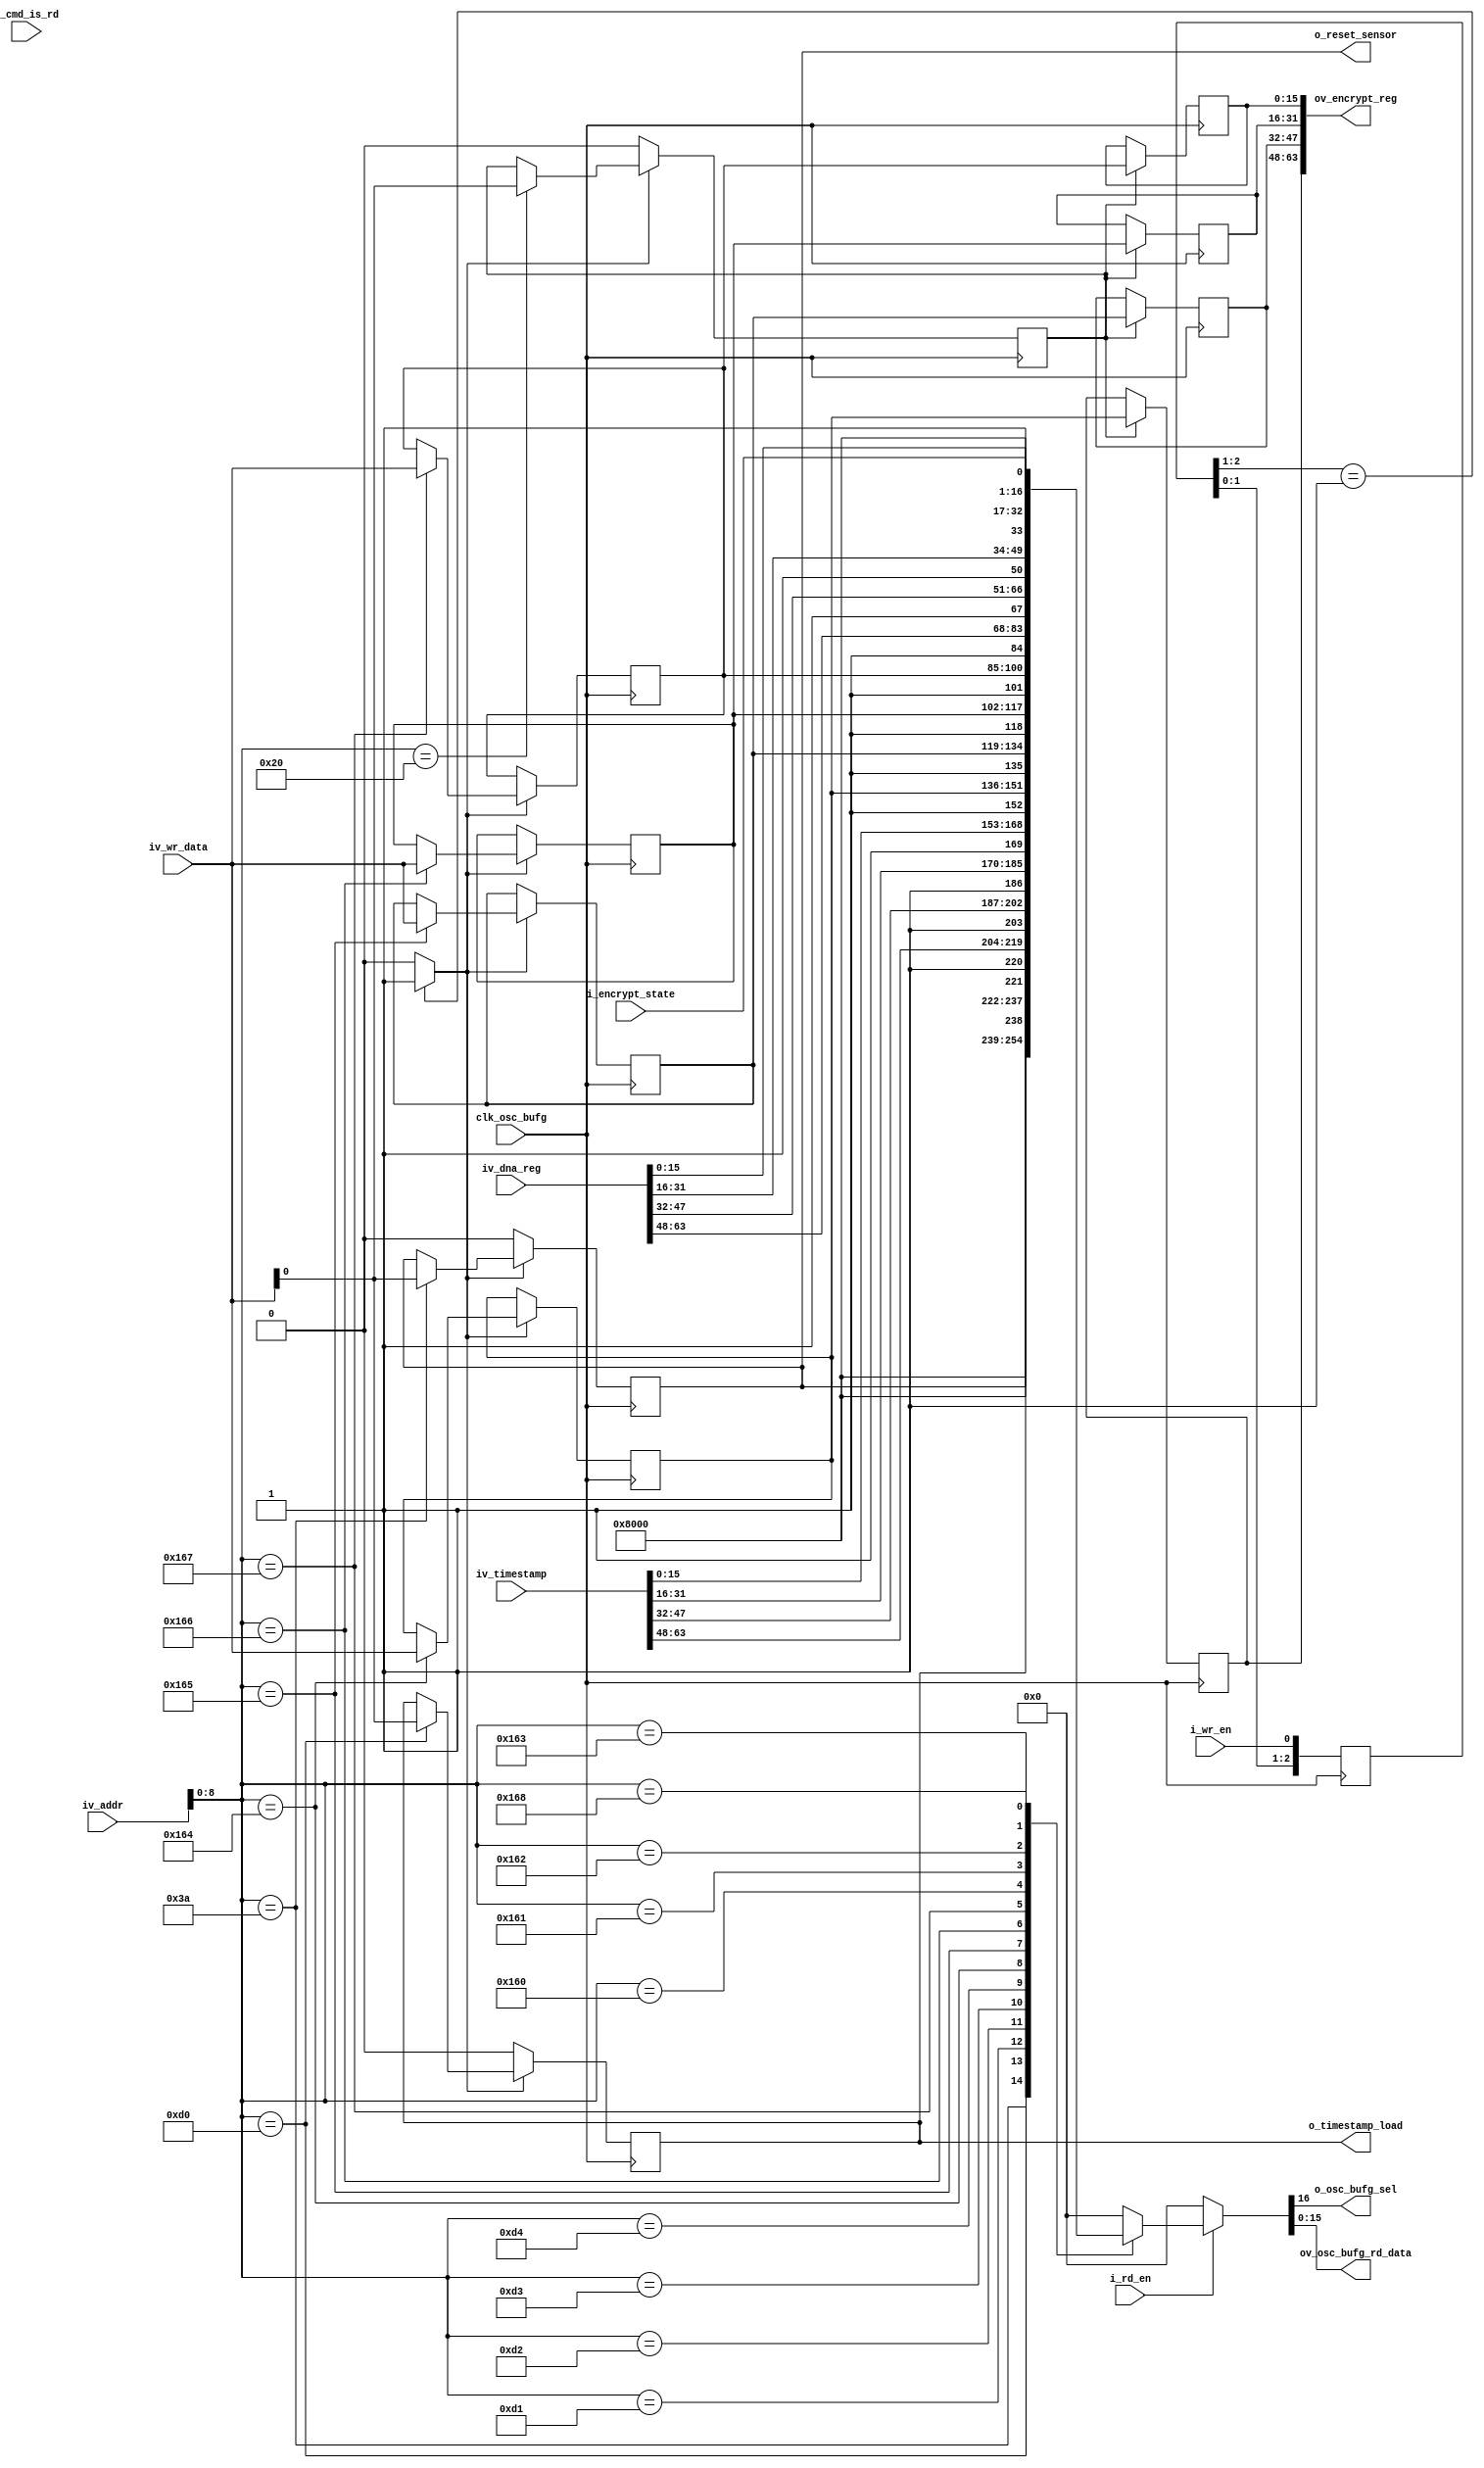
//-------------------------------------------------------------------------------------------------
//  --    : , 2010 -2015.
//  --      .
//  --          : FPGA
//  --        : osc_bufg_reg_list
//  --        : 
//-------------------------------------------------------------------------------------------------
//
//  --  :
//
//  --          :| 				:|  
//-------------------------------------------------------------------------------------------------
//  --        :| 2015/3/6 10:54:03	:|  
//-------------------------------------------------------------------------------------------------
//
//  --      : osc bufg 
//              1)  : ... ...
//
//              2)  : ... ...
//
//              3)  : ... ...
//
//-------------------------------------------------------------------------------------------------
///
`timescale 1ns/1ps
//-------------------------------------------------------------------------------------------------

module osc_bufg_reg_list # (
	parameter		SPI_ADDR_LENGTH			= 16	,	//spi 
	parameter		SHORT_REG_WD			= 16	,	//
	parameter		REG_WD					= 32	,	//
	parameter		LONG_REG_WD				= 64		//
	)
	(
	//  ===============================================================================================
	//	
	//  ===============================================================================================
	//  -------------------------------------------------------------------------------------
	//	spi
	//  -------------------------------------------------------------------------------------
	input								i_wr_en					,	//clk_sample
	input								i_rd_en					,	//clk_sample
	input								i_cmd_is_rd				,	//clk_sample
	input	[SPI_ADDR_LENGTH-1:0]		iv_addr					,	//clk_sample
	input	[SHORT_REG_WD-1:0]			iv_wr_data				,	//clk_sample
	//  -------------------------------------------------------------------------------------
	//	40MHz 
	//  -------------------------------------------------------------------------------------
	input								clk_osc_bufg			,	//osc bufg 40MHz
	output								o_osc_bufg_sel			,	//osc bufg 
	output	[SHORT_REG_WD-1:0]			ov_osc_bufg_rd_data		,	//

	//  ===============================================================================================
	//	
	//  ===============================================================================================
	//  -------------------------------------------------------------------------------------
	//	clk reset top
	//  -------------------------------------------------------------------------------------
	output								o_reset_sensor		,	//clk_osc_bufgSensor
	//  -------------------------------------------------------------------------------------
	//	 40MHz 
	//  -------------------------------------------------------------------------------------
	output								o_timestamp_load	,	//clk_osc_bufg
	input	[LONG_REG_WD-1:0]			iv_timestamp		,	//clk_osc_bufg
	//  -------------------------------------------------------------------------------------
	//	DNA 1MHz 
	//  -------------------------------------------------------------------------------------
	input	[LONG_REG_WD-1:0]			iv_dna_reg			,	//clk_osc_bufgdna
	output	[LONG_REG_WD-1:0]			ov_encrypt_reg		,	//clk_osc_bufg
	input								i_encrypt_state			//clk_dna
	);

	//	ref signals

	//  ===============================================================================================
	//	
	//  ===============================================================================================
	reg		[2:0]						wr_en_shift		= 3'b0;
	wire								wr_en_rise		;
	reg		[SHORT_REG_WD:0]			data_out_reg	= {(SHORT_REG_WD+1){1'b0}};

	//  ===============================================================================================
	//	
	//  ===============================================================================================
	//  -------------------------------------------------------------------------------------
	//	
	//  -------------------------------------------------------------------------------------
	reg									param_cfg_done	= 1'b0;
	//  -------------------------------------------------------------------------------------
	//	clk reset top
	//  -------------------------------------------------------------------------------------
	reg									reset_sensor	= 1'b0;
	//  -------------------------------------------------------------------------------------
	//	 40MHz 
	//  -------------------------------------------------------------------------------------
	reg									timestamp_load	= 1'b0;
	//  -------------------------------------------------------------------------------------
	//	DNA 1MHz 
	//  -------------------------------------------------------------------------------------
	reg		[SHORT_REG_WD-1:0]			encrypt_reg1		= {SHORT_REG_WD{1'b0}};
	reg		[SHORT_REG_WD-1:0]			encrypt_reg1_group	= {SHORT_REG_WD{1'b0}};
	reg		[SHORT_REG_WD-1:0]			encrypt_reg2		= {SHORT_REG_WD{1'b0}};
	reg		[SHORT_REG_WD-1:0]			encrypt_reg2_group	= {SHORT_REG_WD{1'b0}};
	reg		[SHORT_REG_WD-1:0]			encrypt_reg3		= {SHORT_REG_WD{1'b0}};
	reg		[SHORT_REG_WD-1:0]			encrypt_reg3_group	= {SHORT_REG_WD{1'b0}};
	reg		[SHORT_REG_WD-1:0]			encrypt_reg4		= {SHORT_REG_WD{1'b0}};
	reg		[SHORT_REG_WD-1:0]			encrypt_reg4_group	= {SHORT_REG_WD{1'b0}};

	//	ref ARCHITECTURE

	//  ===============================================================================================
	//	ref ******
	//  ===============================================================================================
	//  -------------------------------------------------------------------------------------
	//	-- ref 
	//  -------------------------------------------------------------------------------------
	//  -------------------------------------------------------------------------------------
	//	pix 
	//  -------------------------------------------------------------------------------------
	always @ (posedge clk_osc_bufg) begin
		wr_en_shift	<= {wr_en_shift[1:0],i_wr_en};
	end
	assign	wr_en_rise	= (wr_en_shift[2:1]==2'b01) ? 1'b1 : 1'b0;

	//  -------------------------------------------------------------------------------------
	//	-- ref 
	//  -------------------------------------------------------------------------------------
	always @ (posedge clk_osc_bufg) begin
		if(wr_en_rise) begin
			case(iv_addr[8:0])
				//  -------------------------------------------------------------------------------------
				//	
				//  -------------------------------------------------------------------------------------
				9'h20	: param_cfg_done	<= iv_wr_data[0];
				//  -------------------------------------------------------------------------------------
				//	clk reset top
				//  -------------------------------------------------------------------------------------
				9'h3a	: reset_sensor		<= iv_wr_data[0];
				//  -------------------------------------------------------------------------------------
				//	 40MHz 
				//  -------------------------------------------------------------------------------------
				9'hd0	: timestamp_load	<= iv_wr_data[0];
				//  -------------------------------------------------------------------------------------
				//	DNA 1MHz 
				//  -------------------------------------------------------------------------------------
				9'h164	: encrypt_reg1		<= iv_wr_data[SHORT_REG_WD-1:0];
				9'h165	: encrypt_reg2		<= iv_wr_data[SHORT_REG_WD-1:0];
				9'h166	: encrypt_reg3		<= iv_wr_data[SHORT_REG_WD-1:0];
				9'h167	: encrypt_reg4		<= iv_wr_data[SHORT_REG_WD-1:0];

				default : ;
			endcase
		end
		else begin
			//
			param_cfg_done	<= 1'b0;
			reset_sensor	<= 1'b0;
			timestamp_load	<= 1'b0;
		end
	end

	//  -------------------------------------------------------------------------------------
	//	-- ref 
	//  -------------------------------------------------------------------------------------
	//  -------------------------------------------------------------------------------------
	//	
	//  -------------------------------------------------------------------------------------
	always @ (posedge clk_osc_bufg) begin
		if(param_cfg_done) begin
			encrypt_reg1_group	<= encrypt_reg1;
			encrypt_reg2_group	<= encrypt_reg2;
			encrypt_reg3_group	<= encrypt_reg3;
			encrypt_reg4_group	<= encrypt_reg4;
		end
	end

	//  -------------------------------------------------------------------------------------
	//	-- ref 
	//  -------------------------------------------------------------------------------------
	//  -------------------------------------------------------------------------------------
	//	clk reset top
	//  -------------------------------------------------------------------------------------
	assign	o_reset_sensor		= reset_sensor;
	//  -------------------------------------------------------------------------------------
	//	 40MHz 
	//  -------------------------------------------------------------------------------------
	assign	o_timestamp_load	= timestamp_load;
	//  -------------------------------------------------------------------------------------
	//	DNA 1MHz 
	//  -------------------------------------------------------------------------------------
	assign	ov_encrypt_reg		= {encrypt_reg1_group,encrypt_reg2_group,encrypt_reg3_group,encrypt_reg4_group};

	//  ===============================================================================================
	//	ref ******
	//  ===============================================================================================
	//  -------------------------------------------------------------------------------------
	//	-- ref 
	//	, data_out_reg bit
	//	i_rd_en iv_addr 
	//  -------------------------------------------------------------------------------------
	always @ ( * ) begin
		//sel
		if(i_rd_en) begin
			case(iv_addr[8:0])
				//  -------------------------------------------------------------------------------------
				//	
				//  -------------------------------------------------------------------------------------
				//				9'h20	: data_out_reg	<= {1'b1,{(SHORT_REG_WD-1){1'b0}},param_cfg_done};	//pix 
				
				//  -------------------------------------------------------------------------------------
				//	clk reset top
				//  -------------------------------------------------------------------------------------
				//read write
				9'h3a	: data_out_reg	<= {1'b1,{(SHORT_REG_WD-1){1'b0}},reset_sensor};
				//  -------------------------------------------------------------------------------------
				//	 40MHz 
				//  -------------------------------------------------------------------------------------
				//read write
				9'hd0	: data_out_reg	<= {1'b1,{(SHORT_REG_WD-1){1'b0}},timestamp_load};

				//read only
				9'hd1	: data_out_reg	<= {1'b1,iv_timestamp[LONG_REG_WD-1:LONG_REG_WD-SHORT_REG_WD]};
				9'hd2	: data_out_reg	<= {1'b1,iv_timestamp[LONG_REG_WD-SHORT_REG_WD-1:LONG_REG_WD-REG_WD]};
				9'hd3	: data_out_reg	<= {1'b1,iv_timestamp[REG_WD-1:REG_WD-SHORT_REG_WD]};
				9'hd4	: data_out_reg	<= {1'b1,iv_timestamp[SHORT_REG_WD-1:0]};

				//  -------------------------------------------------------------------------------------
				//	DNA 1MHz 
				//  -------------------------------------------------------------------------------------
				//read write
				9'h164	: data_out_reg	<= {1'b1,encrypt_reg1[SHORT_REG_WD-1:0]};
				9'h165	: data_out_reg	<= {1'b1,encrypt_reg2[SHORT_REG_WD-1:0]};
				9'h166	: data_out_reg	<= {1'b1,encrypt_reg3[SHORT_REG_WD-1:0]};
				9'h167	: data_out_reg	<= {1'b1,encrypt_reg4[SHORT_REG_WD-1:0]};

				//read only
				9'h160	: data_out_reg	<= {1'b1,iv_dna_reg[LONG_REG_WD-1:LONG_REG_WD-SHORT_REG_WD]};
				9'h161	: data_out_reg	<= {1'b1,iv_dna_reg[LONG_REG_WD-SHORT_REG_WD-1:LONG_REG_WD-REG_WD]};
				9'h162	: data_out_reg	<= {1'b1,iv_dna_reg[REG_WD-1:REG_WD-SHORT_REG_WD]};
				9'h163	: data_out_reg	<= {1'b1,iv_dna_reg[SHORT_REG_WD-1:0]};
				9'h168	: data_out_reg	<= {1'b1,{(SHORT_REG_WD-1){1'b0}},i_encrypt_state};

				default	: data_out_reg	<= {(SHORT_REG_WD+1){1'b0}};

			endcase
		end
		//sel0
		else begin
			data_out_reg	<= {(SHORT_REG_WD+1){1'b0}};
		end
	end
	assign	o_osc_bufg_sel		= data_out_reg[SHORT_REG_WD];
	assign	ov_osc_bufg_rd_data	= data_out_reg[SHORT_REG_WD-1:0];

	//  ===============================================================================================
	//	-- ref latch
	//	
	//  ===============================================================================================
	//	iv_timestamp iv_dna_regi_encrypt_state 
	
	
endmodule